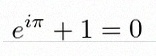
e^{i\pi}+1=0